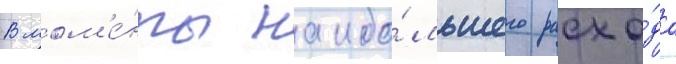
В мом'е́нты наибо́льшего расхо́да